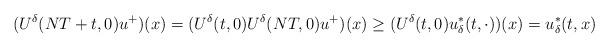
LaTeX: \begin{align*} (U^{\delta}(NT+t, 0)u^+)(x)=(U^{\delta}(t, 0)U^{\delta}(NT, 0)u^+)(x)\geq (U^{\delta}(t, 0)u_{\delta}^*(t, \cdot))(x)=u_{\delta}^*(t, x)\end{align*}